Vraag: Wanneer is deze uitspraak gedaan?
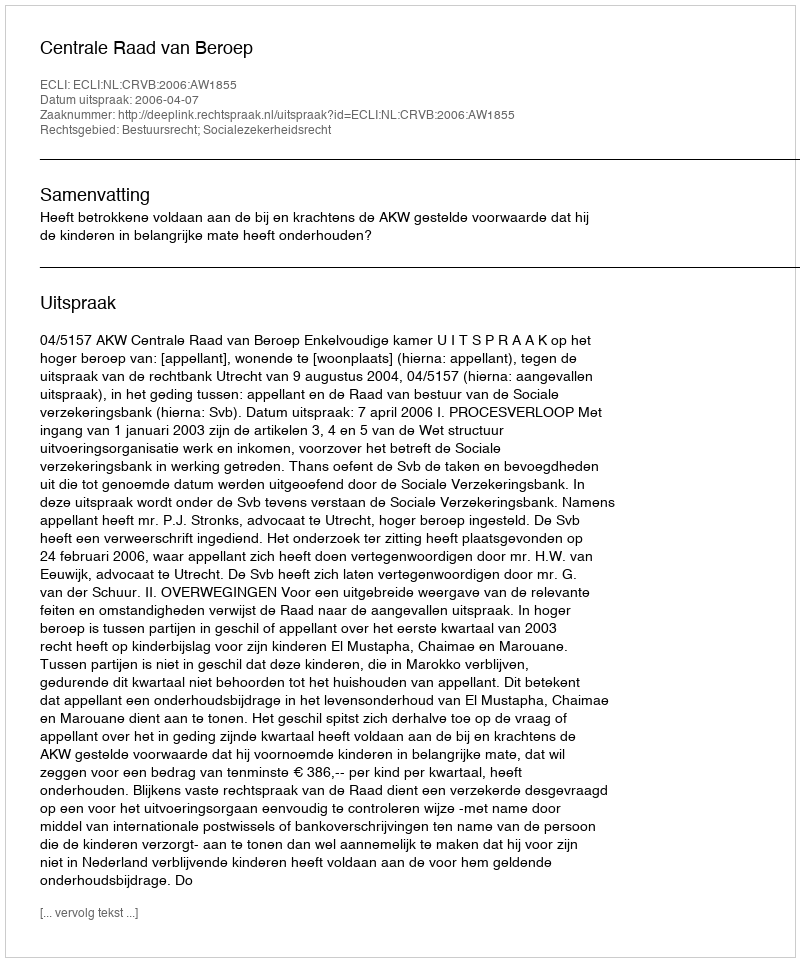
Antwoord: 2006-04-07